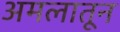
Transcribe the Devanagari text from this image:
अमलातून